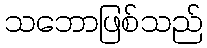
သဘောဖြစ်သည်